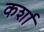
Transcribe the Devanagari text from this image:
कर्शा